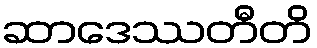
ဆာဒေဿတီတိ